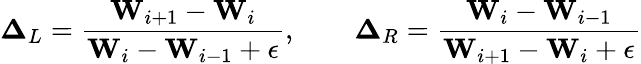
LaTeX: \boldsymbol\Delta_{L}=\frac{\mathbf{W}_{i+1}-\mathbf{W}_{i}}{\mathbf{W}_{i}-\mathbf{W}_{i-1}+\epsilon},\qquad\boldsymbol\Delta_{R}=\frac{\mathbf{W}_{i}-\mathbf{W}_{i-1}}{\mathbf{W}_{i+1}-\mathbf{W}_{i}+\epsilon}